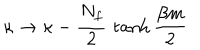
\kappa \rightarrow \kappa - { \frac { N _ { f } } { 2 } } \, \tanh { \frac { \beta m } { 2 } }